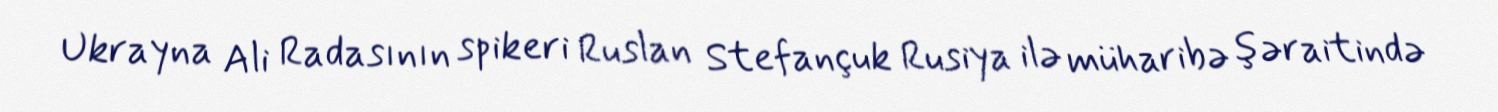
Ukrayna Ali Radasının spikeri Ruslan Stefançuk Rusiya ilə müharibə şəraitində